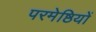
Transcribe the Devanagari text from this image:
परमेष्ठियों